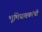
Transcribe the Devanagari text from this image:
भूमिधारकांची